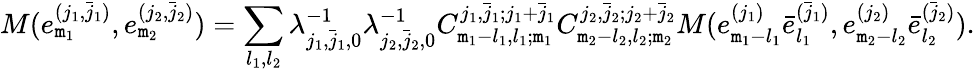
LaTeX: M(e_{\mathtt{m}_{1}}^{(j_{1},\bar{{j}}_{1})},e_{\mathtt{m}_{2}}^{(j_{2},\bar{{j}}_{2})})=\sum_{l_{1},l_{2}}\lambda_{j_{1},\bar{{j}}_{1},0}^{-1}\lambda_{j_{2},\bar{{j}}_{2},0}^{-1}C_{\mathtt{m}_{1}-l_{1},l_{1};\mathtt{m}_{1}}^{j_{1},\bar{{j}}_{1};j_{1}+\bar{{j}}_{1}}C_{\mathtt{m}_{2}-l_{2},l_{2};\mathtt{m}_{2}}^{j_{2},\bar{{j}}_{2};j_{2}+\bar{{j}}_{2}}M(e_{\mathtt{m}_{1}-l_{1}}^{(j_{1})}\bar{{e}}_{l_{1}}^{(\bar{{j}}_{1})},e_{\mathtt{m}_{2}-l_{2}}^{(j_{2})}\bar{{e}}_{l_{2}}^{(\bar{{j}}_{2})}).